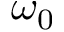
\omega _ { 0 }